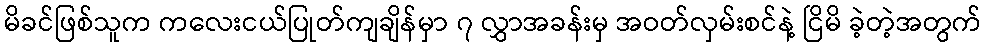
မိခင်ဖြစ်သူက ကလေးငယ်ပြုတ်ကျချိန်မှာ ၇ လွှာအခန်းမှ အဝတ်လှမ်းစင်နဲ့ ငြိမိ ခဲ့တဲ့အတွက်